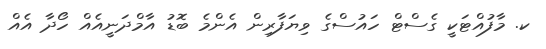
ކ. މާފުއްޓަކީ ގެސްޓް ހައުސްގެ ވިޔަފާރިން އެންމެ ބޮޑު އާމްދަނީއެއް ހޯދާ އެއް